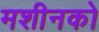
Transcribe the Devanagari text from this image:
मशीनको